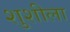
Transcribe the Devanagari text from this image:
शुशीला